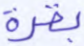
بقرة